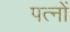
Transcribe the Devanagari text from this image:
पत्नों